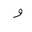
Letter: _waw